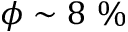
\phi \sim 8 ~ \%